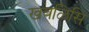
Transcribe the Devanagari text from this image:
खवळिसि